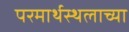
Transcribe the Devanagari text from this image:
परमार्थस्थलाच्या